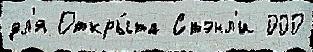
дл'я Откры́та Стэнл'и 000